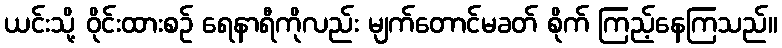
ယင်းသို့ ဝိုင်းထားစဉ် ရေနာရီကိုလည်း မျက်တောင်မခတ် စိုက် ကြည့်နေကြသည်။